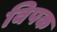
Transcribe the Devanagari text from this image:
विपक